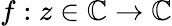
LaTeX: f:z\in\mathbb{C}\to\mathbb{C}